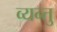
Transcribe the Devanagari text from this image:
व्यन्तु